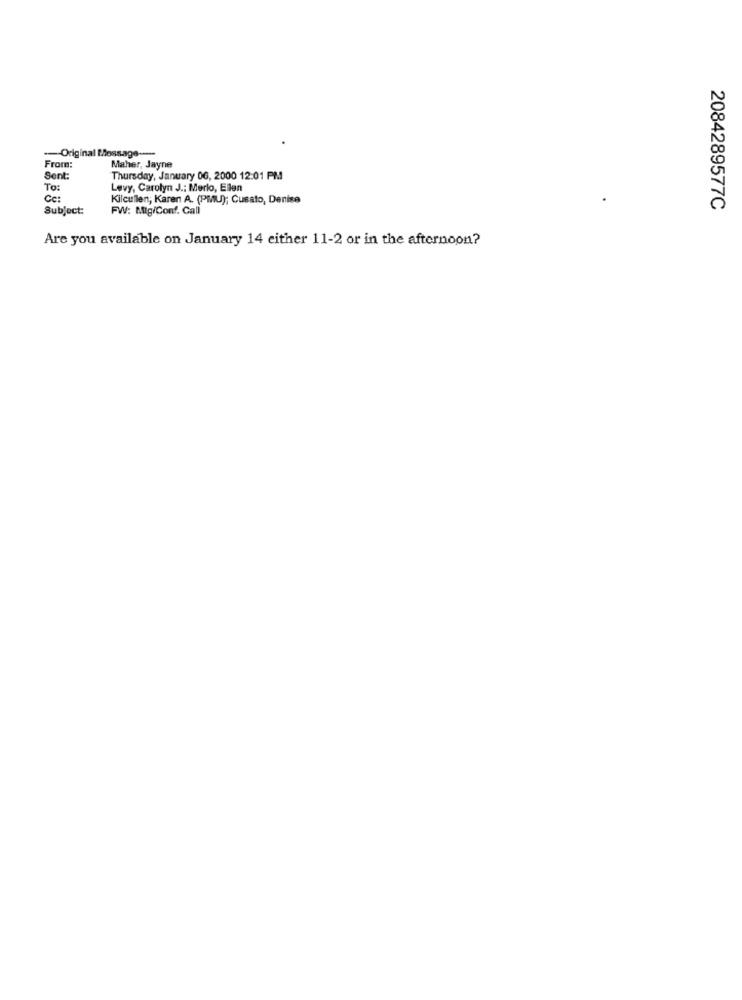
-Original Message -----
From:
Maher, Jayne
Sent
Thursday, January 06, 2000 12:01 PM
To:
Levy, Carolyn J .: Merlo, Ellen
Cc:
Kilcullen, Karen A. (PMU); Cusato, Denise
Subject:
FW: M.lg/Conf. Call
2084289577C
Are you available on January 14 either 11-2 or in the afternoon?